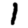
Digit: 1